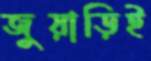
জুয়াড়িই